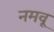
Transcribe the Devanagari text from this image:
नमवू